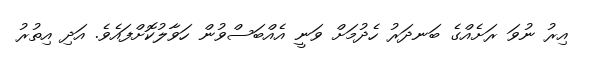
އިރު ނުވަ ރަށެއްގެ ބަނދަރު ހެދުމަށް ވަނީ އެއްބަސްވުން ހަވާލުކޮށްފައެވެ. އަދި އިތުރު